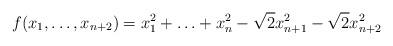
LaTeX: \begin{align*}f(x_{1},\ldots,x_{n+2})=x_{1}^{2}+\ldots+x_{n}^{2}-\sqrt{2}x_{n+1}^{2}-\sqrt{2}x_{n+2}^{2}\end{align*}